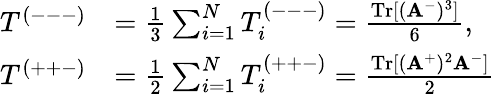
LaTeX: \begin{array}{rl}{T^{(---)}}&{=\frac{1}{3}\sum_{i=1}^{N}T_{i}^{(---)}=\frac{\mathrm{Tr}[(\mathbf{A}^{-})^{3}]}{6},}\\ {T^{(++-)}}&{=\frac{1}{2}\sum_{i=1}^{N}T_{i}^{(++-)}=\frac{\mathrm{Tr}[(\mathbf{A}^{+})^{2}\mathbf{A}^{-}]}{2}}\end{array}